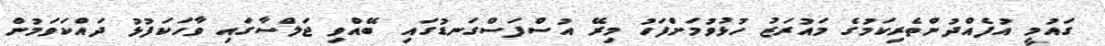
ގައުމީ އުފެއްދުންތެރިކަމުގެ މައުރަޒު ހުޅުވުމަށްފަހު މިރޭ އުސްފަސްގަނޑުގައި ބޭއްވި ޖަލްސާގައި ވާހަކަފުޅު ދައްކަވަމުން